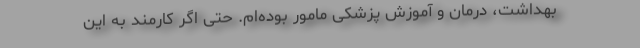
بهداشت، درمان و آموزش پزشکی مامور بوده‌‌ام. حتی اگر کارمند به این